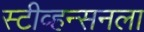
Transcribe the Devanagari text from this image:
स्टीव्हन्सनला